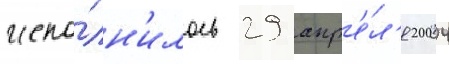
испо́лн'илось 29 апр'е́л'я 2004